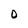
Character: D